Indian journal of veterinary science and animal husbandry - Volume 8,
Year: 1938
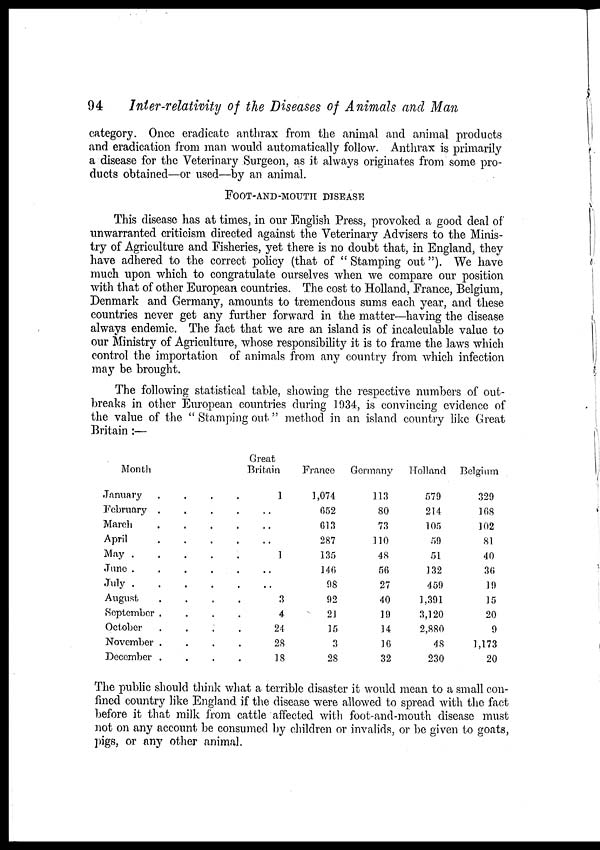
94
Inter-relativity of the Diseases of Animals and Man
category. Once eradicate anthrax from the animal and animal products
and eradication from man would automatically follow. Anthrax is primarily
a disease for the Veterinary Surgeon, as it always originates from some pro-
ducts obtained—or used—by an animal.
FOOT-AND-MOUTH DISEASE
This disease has at times, in our English Press, provoked a good deal of
unwarranted criticism directed against the Veterinary Advisers to the Minis-
try of Agriculture and Fisheries, yet there is no doubt that, in England, they
have adhered to the correct policy (that of " Stamping out "). We have
much upon which to congratulate ourselves when we compare our position
with that of other European countries. The cost to Holland, France, Belgium,
Denmark and Germany, amounts to tremendous sums each year, and these
countries never get any further forward in the matter—having the disease
always endemic. The fact that we are an island is of incalculable value to
our Ministry of Agriculture, whose responsibility it is to frame the laws which
control the importation of animals from any country from which infection
may be brought.
The following statistical table, showing the respective numbers of out-
breaks in other European countries during 1934, is convincing evidence of
the value of the " Stamping out" method in an island country like Great
Britain :—
Month
January
.
.
.
.
February . . . .
March . . . .
April . . . .
May . . . . .
June . . . . .
July . . . . .
August . . . .
September . . . .
October . . . .
November . . . .
December . . . .
Great
Britain
1
..
..
..
1
..
..
3
4
24
28
18
France
1,074
652
613
287
135
146
98
92
21
15
3
28
Germany
113
80
73
110
48
56
27
40
19
14
16
32
Holland
579
214
105
59
51
132
459
1,391
3,120
2,880
48
230
Belgium
329
168
102
81
40
36
19
15
20
9
1,173
20
The public should think what a terrible disaster it would mean to a small con-
fined country like England if the disease were allowed to spread with the fact
before it that milk from cattle affected with foot-and-mouth disease must
not on any account be consumed by children or invalids, or be given to goats,
pigs, or any other animal.